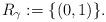
LaTeX: \begin{align*}R_\gamma:= \{(0,1)\}.\end{align*}